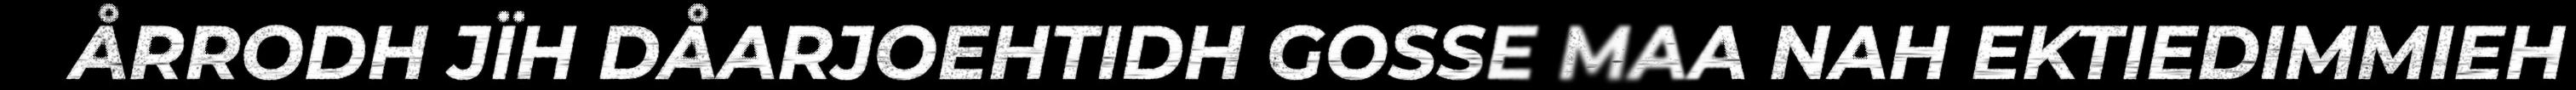
ÅRRODH JÏH DÅARJOEHTIDH GOSSE MAA NAH EKTIEDIMMIEH